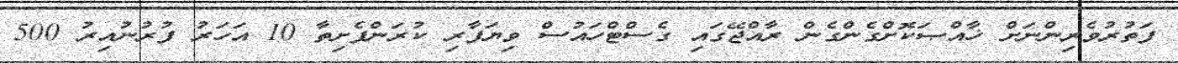
ފަތުރުވެރިންނަށް ޚާއްޞަކޮށްގެންގެން ރާއްޖޭގައި ގެސްޓްހައުސް ވިޔަފާރި ކުރަންފެށިތާ 10 އަހަރު ފުރުނުއިރު 500